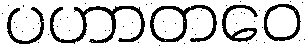
ပဟာတဝေ